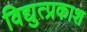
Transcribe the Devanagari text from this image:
विद्युत्प्रकाश